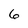
Character: 6